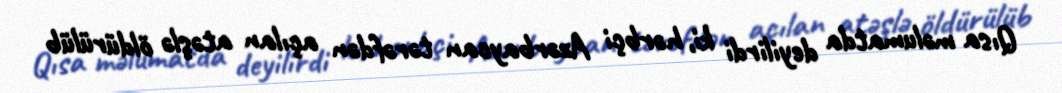
Qısa məlumatda deyilirdi ki, hərbçi Azərbaycan tərəfdən açılan atəşlə öldürülüb